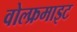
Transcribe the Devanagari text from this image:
वोल्फ्रमाइट